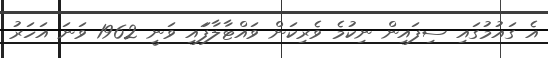
އެ ގައުމުގައި ސިފައިން ނިކުމެ ވެރިކަން ވައްޓާލާފަައި ވަނީ 1962 ވަނަ އަހަރު